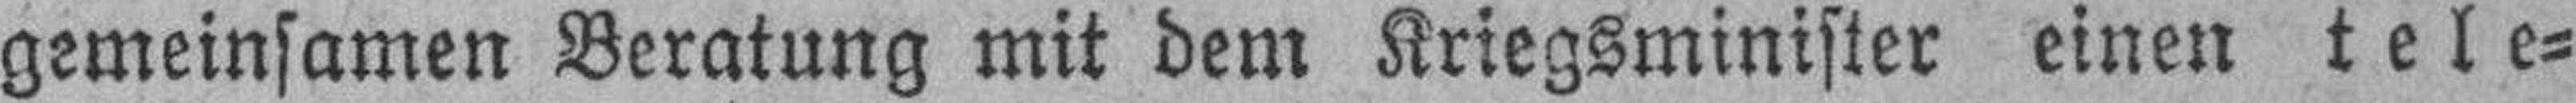
gemeinsamen Beratung mit dem Kriegsminister einen tele¬